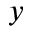
y